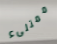
ممتلىء